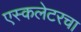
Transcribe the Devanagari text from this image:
एस्कलेटरचा